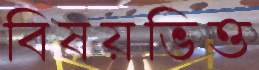
বিষয়ভিত্ত